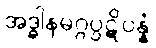
အဒ္ဓါနမဂ္ဂပ္ပဋိပန္နံ